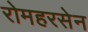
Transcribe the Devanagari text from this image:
रोमहरसेन